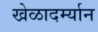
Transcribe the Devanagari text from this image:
खेळादर्म्यान